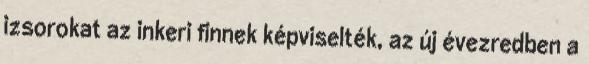
izsorokat az inkeri finnek képviselték, az új évezredben a